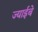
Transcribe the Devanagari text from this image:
ज्याईबे